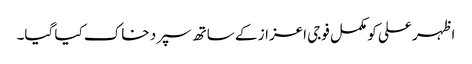
اظہر علی کو مکمل فوجی اعزاز کے ساتھ سپرد خاک کیا گیا۔